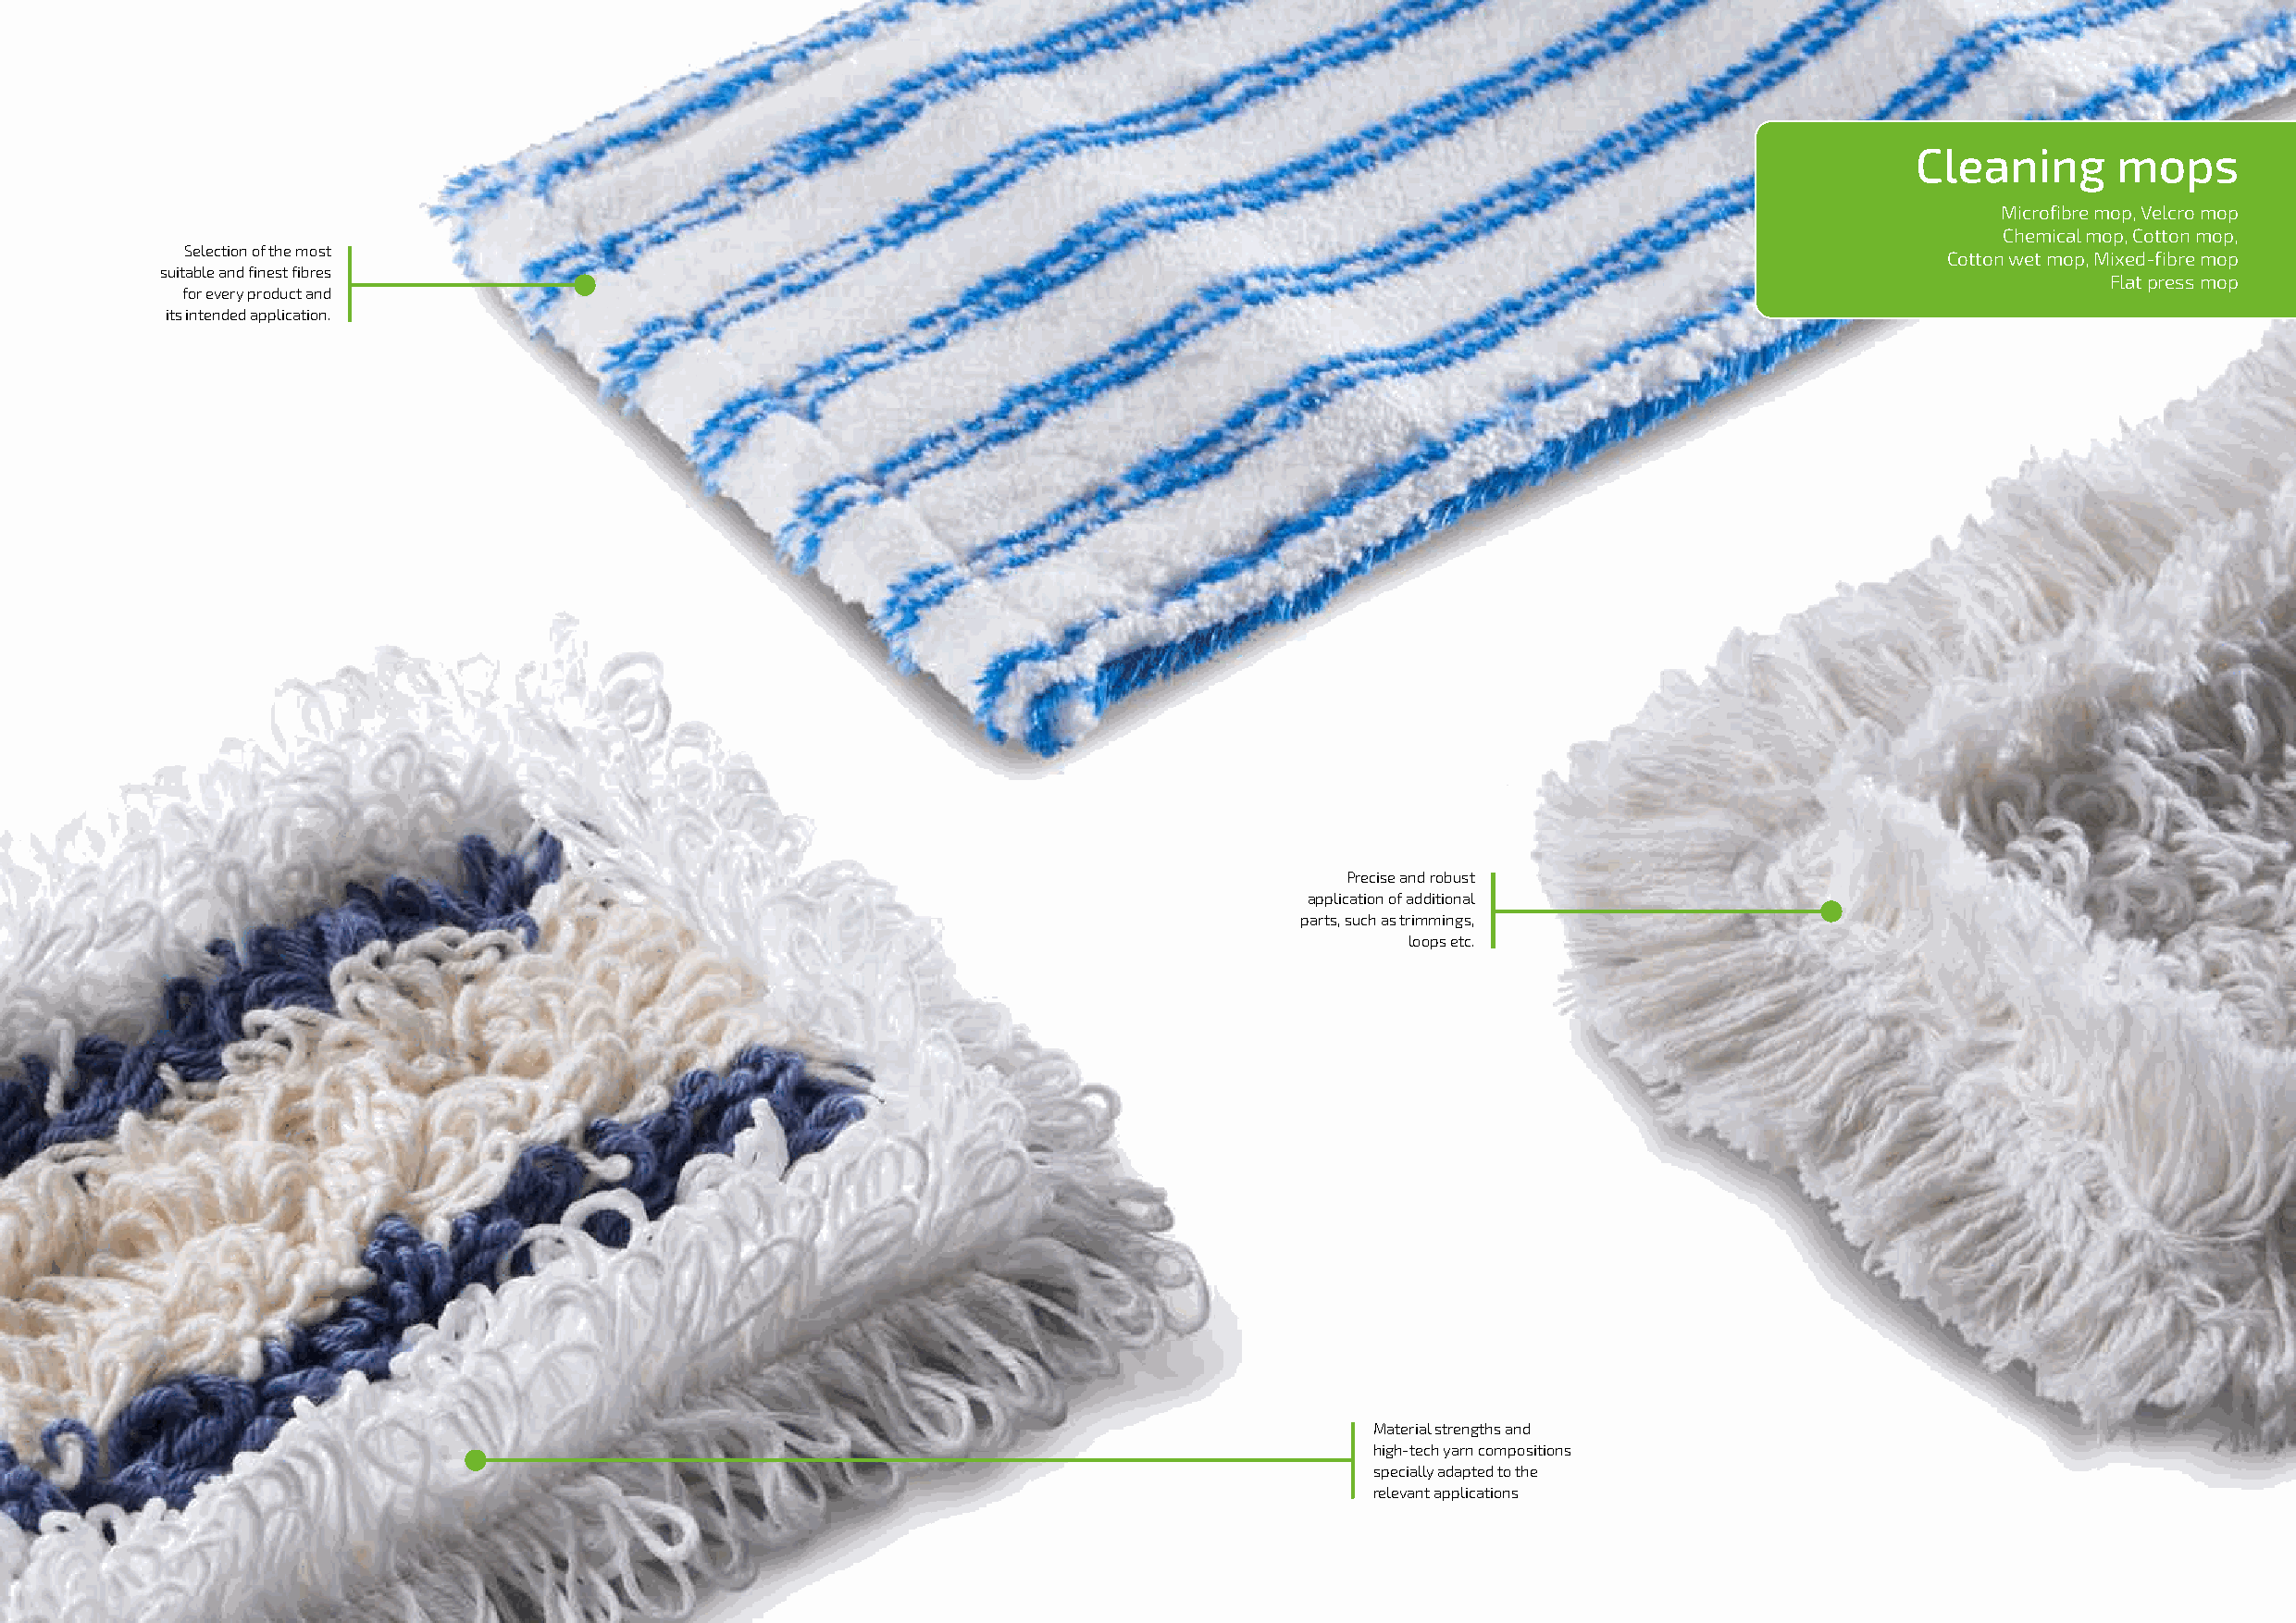
Cleaning      mops
 Microfibre mop, Velcro mop
 Chemical mop, Cotton mop,
 Selection of the most
 Cotton wet mop, Mixed-fibre mop
 suitable and finest fibres
 Flat press mop
 for every product and
 its intended application.
 Precise and robust
 application of additional
 parts, such as trimmings,
 loops etc.
 Material strengths and
 high-tech yarn compositions
 specially adapted to the
 relevant applications